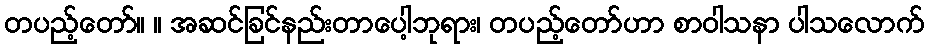
တပည့်တော်။ ။ အဆင်ခြင်နည်းတာပေါ့ဘုရား၊ တပည့်တော်ဟာ စာဝါသနာ ပါသလောက်